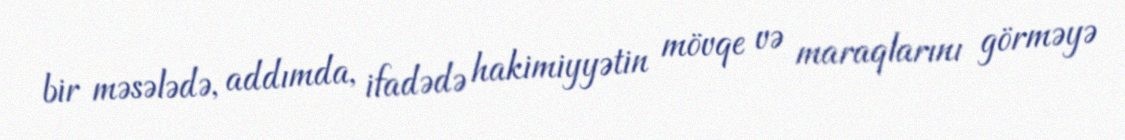
bir məsələdə, addımda, ifadədə hakimiyyətin mövqe və maraqlarını görməyə